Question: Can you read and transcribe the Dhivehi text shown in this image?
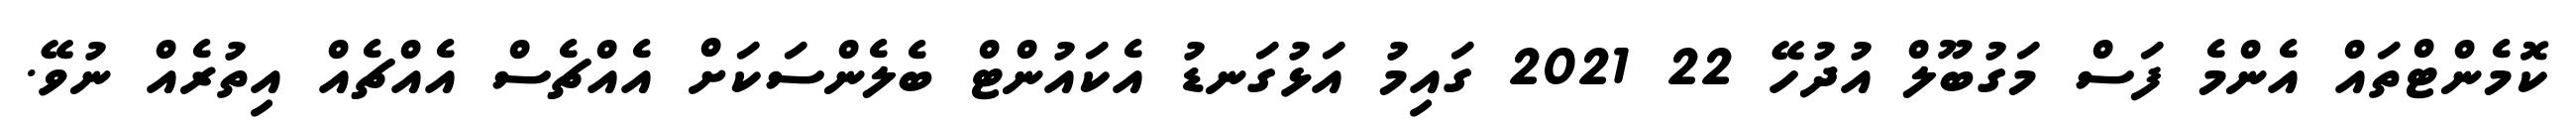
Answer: ކޮމެންޓްތައް އެންމެ ފަސް މަގުބޫލް އުދުހޭ 22 2021 ގައިމު އަޅުގަނޑު އެކައުންޓް ބެލެންސަކަށް އެއްޗެސް އެއްޗެއް އިތުރެއް ނުވޭ.